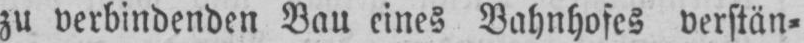
zu verbindenden Bau eines Bahnhofes verstän⸗